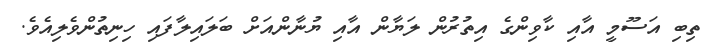
ތިބި އަސޫމީ އާއި ކާވިންގެ އިތުރުން ލަޔާން އާއި ޔުނާންއަށް ބަލައިލާފައި ހިނިތުންވެލިއެވެ.